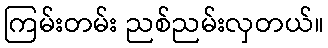
ကြမ်းတမ်း ညစ်ညမ်းလှတယ်။